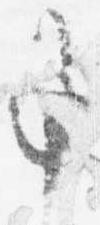
事